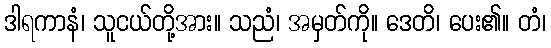
ဒါရကာနံ၊ သူငယ်တို့အား။ သညံ၊ အမှတ်ကို။ ဒေတိ၊ ပေး၏။ တံ၊